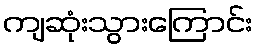
ကျဆုံးသွားကြောင်း